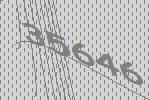
35646